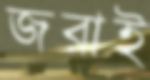
জরাই